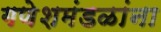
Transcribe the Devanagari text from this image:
गणेशमंडळांना